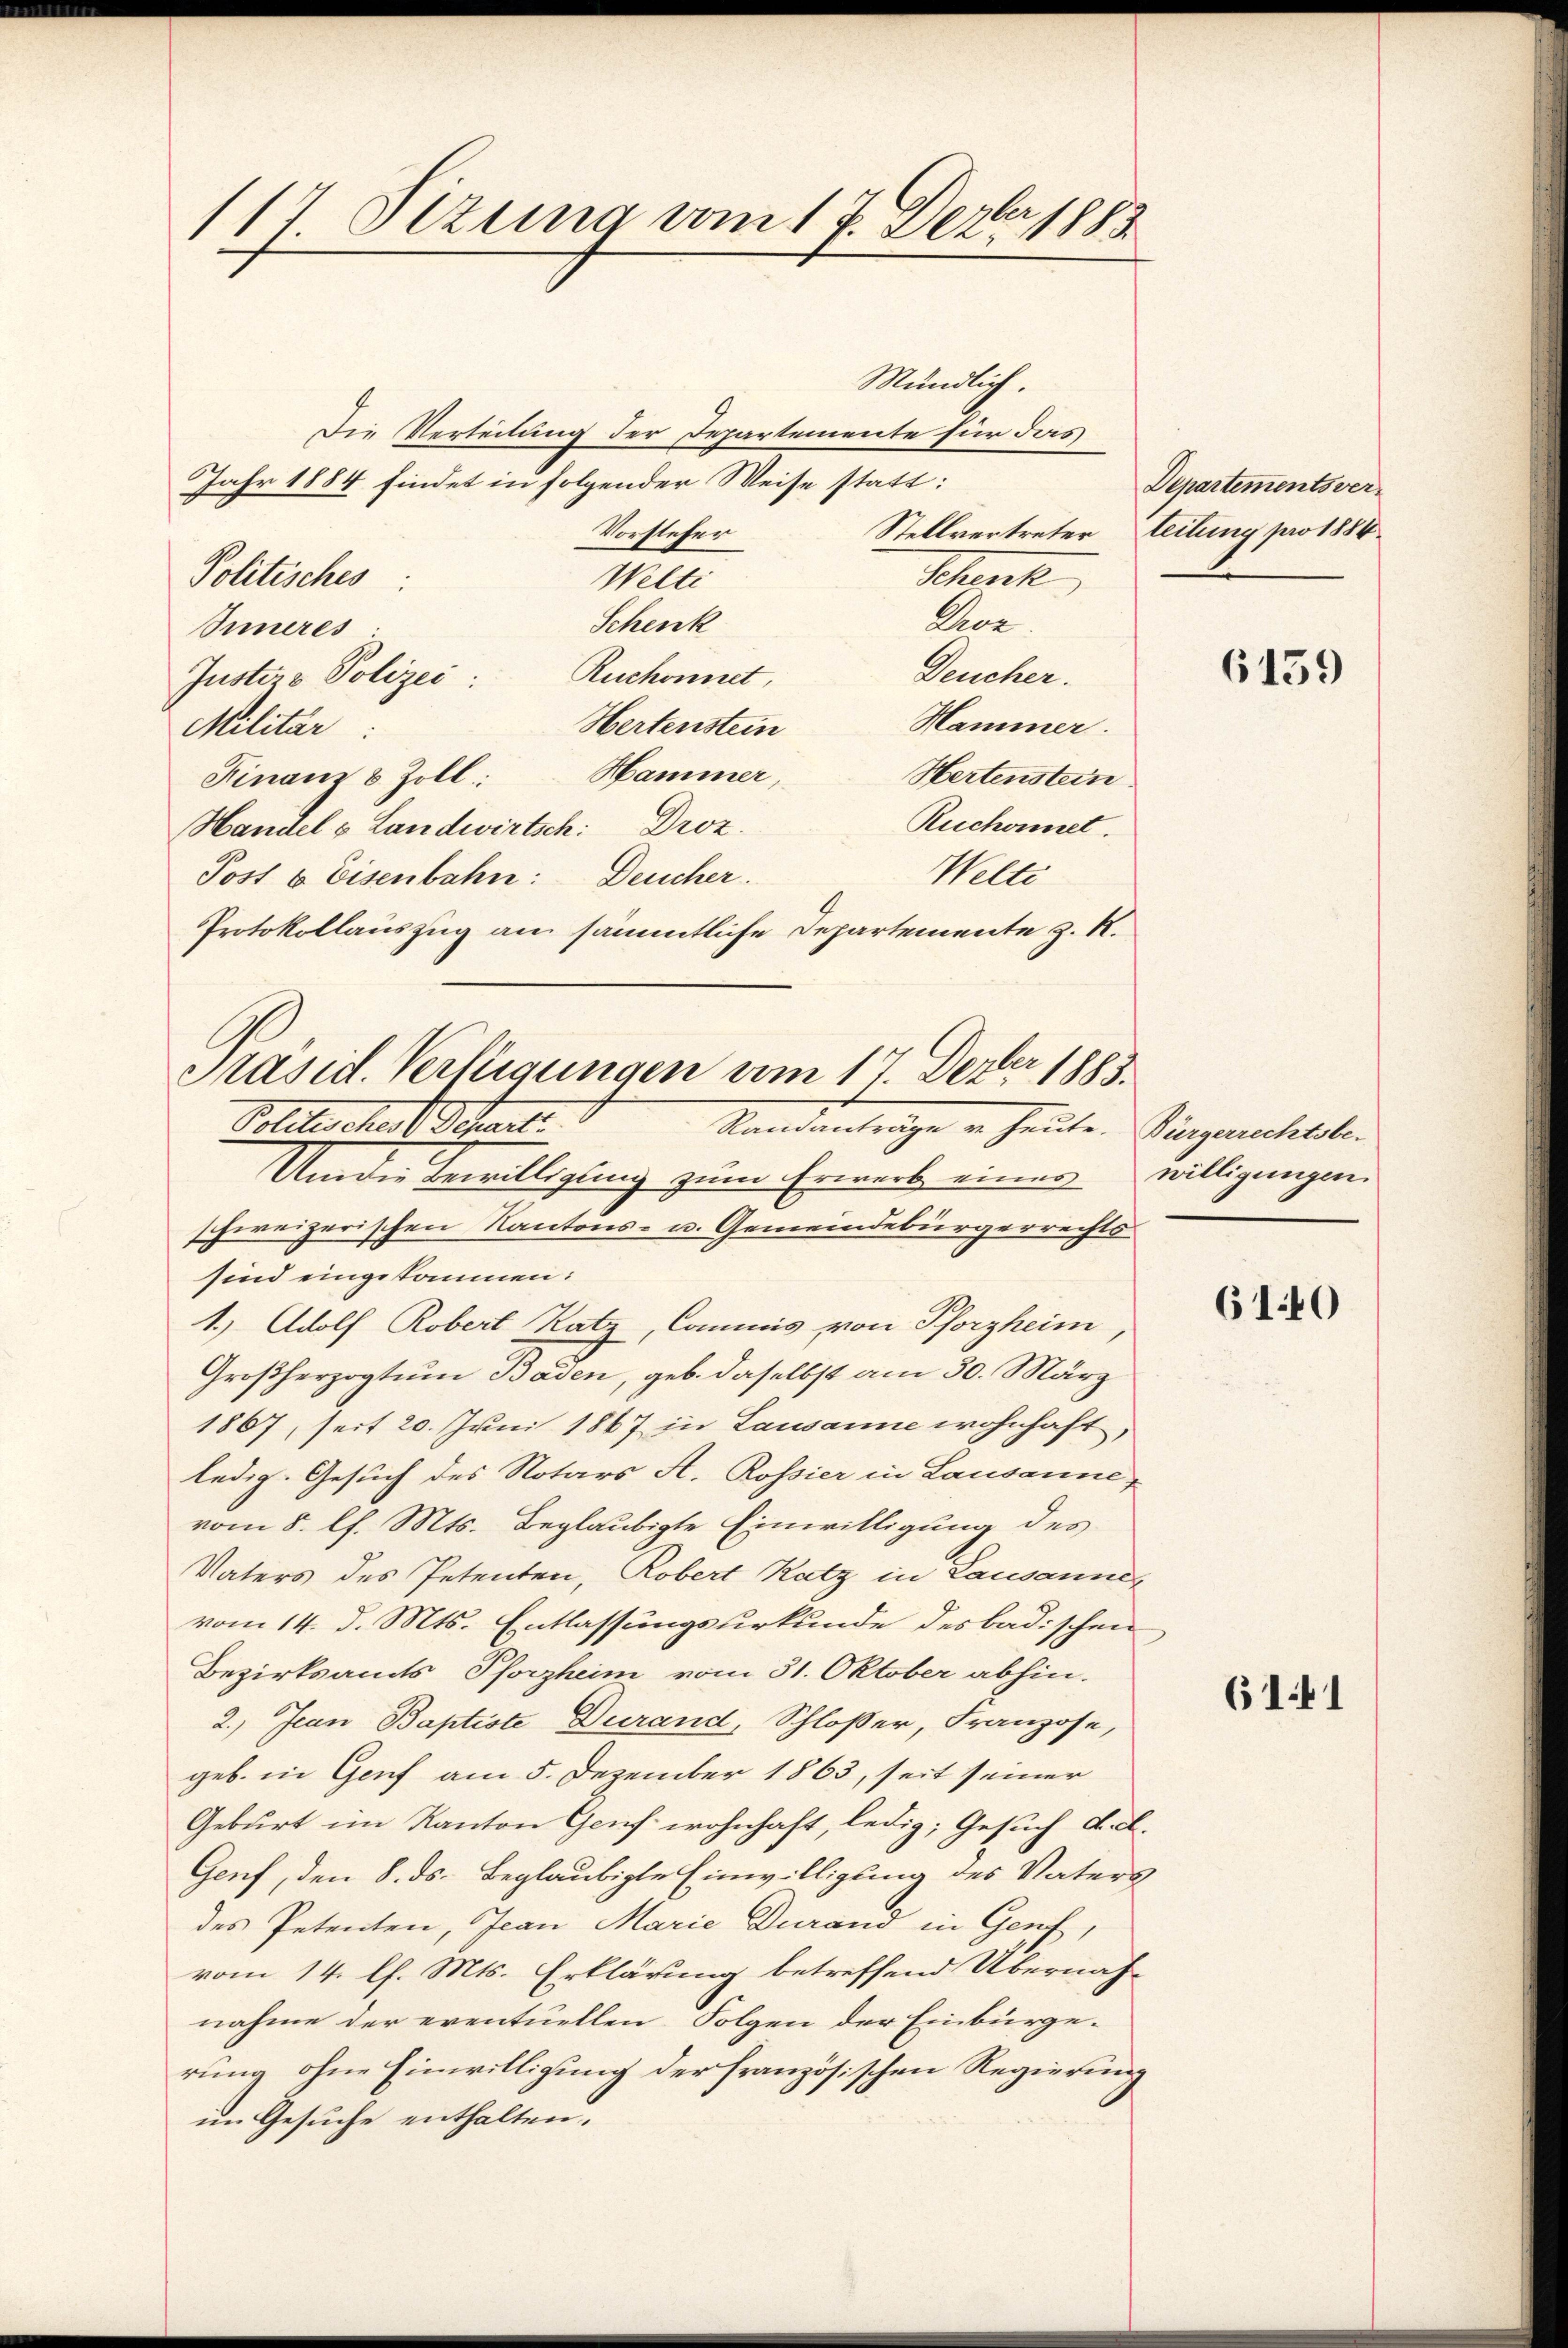
117 Sizung vom 17. Dezbr 1883

Mündlich.
Die Verteilung der Departemente für das
Jahr 1884 findet in folgender Weise statt:
Vorsteher
Schenk
Politisches
Welti
Elee
Schenk
Inneres
Deucher.
Ruchonnet,
Juster & Polizei:
Hammer.
Hertenstein
Militär
Finanz & Zoll: Hammer,
Hertenstein
Ruchonnet.
Handel & Landwirtsch: Droz.
Welti
Post 6 Eisenbahn: Deucher.
Protokollauszug an sämmtliche Departemente z. R.

Präsid. Verlegungen vom 17. Dezbr 1883.
Politischen Schanti
Randanträge u. heute. Bürgerrechtsbe-
Um der Bewilligung zum Erwarb einer

schweizerischen Kantons- u. Gemeindebürgerrechts
sind eingekommen:
1.) Adolf Robert Ratz, Commis von Pforzheim,
Großherzogtum Baden, geb. daselbst am 30. März
1867, seit 20. Juni 1867 in Lausanne wohnhaft,
ledig. Gesuch des Notars A. Rossier in Lausanne,
vom 8. l. Mts. Beglaubigte Einwilligung des
Vaters des Petenten, Robert Ratz in Lausanner
vom 14. d. Mts. Entlassungsurkunde des badischen
Bezirksamts Pforzheim vom 31. Oktober abhin-
2.) Jean Baptiste Durand, Schloßer Franzose,
geb. in Genf am 5. Dezember 1863, seit seiner
Geburt im Kanton Genf wohnhaft, ledig; Gesuch d. d.
Genf, den 8. ds. beglaubigte Einwilligung des Vaters
des Petenten, Jean Marie Durand in Genf,
vom 14. l. Mts. Erklärung betreffend Übernäh-
nahme der eventuellen Folgen der Einbürge-
rung ohne Einwilligung der französischen Regierung
im Gesuche enthalten.

Stellvertreter Leitung pro 1886.

Departements ver-

6159

willigungen.

610

6141